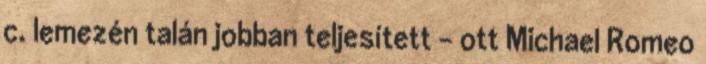
c. lemezén talán jobban teljesített – ott Michael Romeo